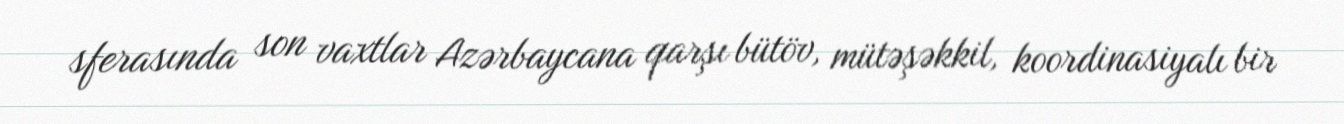
sferasında son vaxtlar Azərbaycana qarşı bütöv, mütəşəkkil, koordinasiyalı bir